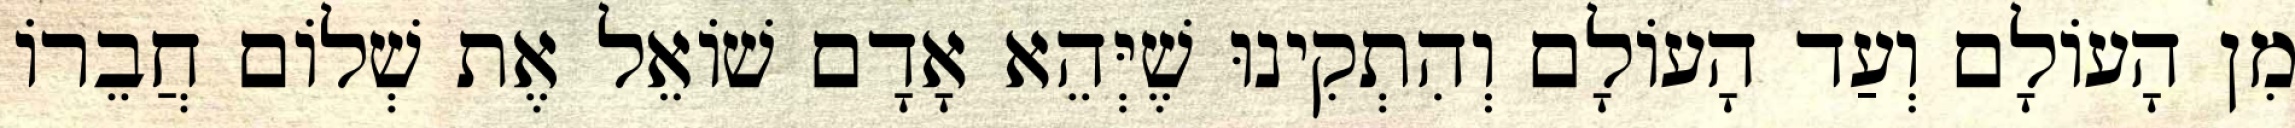
מִן הָעוֹלָם וְעַד הָעוֹלָם וְהִתְקִינוּ שֶׁיְּהֵא אָדָם שׁוֹאֵל אֶת שְׁלוֹם חֲבֵרוֹ